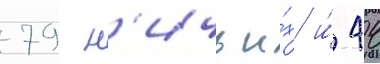
79 н'ичьи́х и́ 44